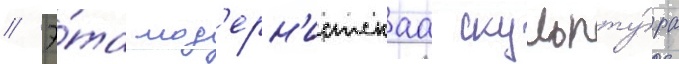
// Э́та мод'ерн'истскаа скульпту́ра